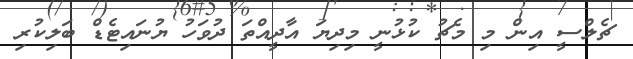
ޗެލްސީ އިން މި މެޗު ކުޅުނީ މިދިޔަ އާދީއްތަ ދުވަހު ޔުނައިޓެޑް ބަލިކުރި